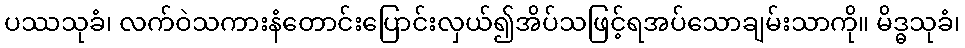
ပဿသုခံ၊ လက်ဝဲသကားနံတောင်းပြောင်းလှယ်၍အိပ်သဖြင့်ရအပ်သောချမ်းသာကို။ မိဒ္ဓသုခံ၊